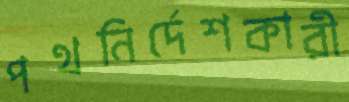
পথনির্দেশকারী